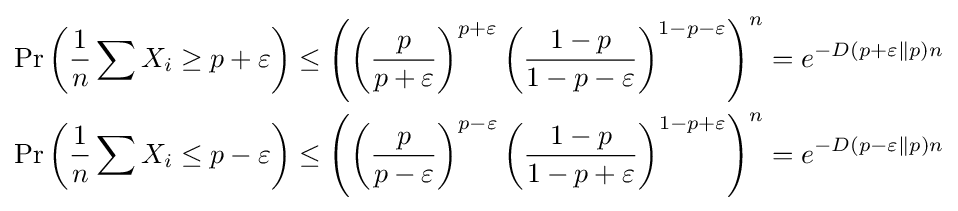
{\begin{aligned}\Pr \left({\frac {1}{n}}\sum X_{i}\geq p+\varepsilon \right)\leq \left(\left({\frac {p}{p+\varepsilon }}\right)^{p+\varepsilon }{\left({\frac {1-p}{1-p-\varepsilon }}\right)}^{1-p-\varepsilon }\right)^{n}&=e^{-D(p+\varepsilon \parallel p)n}\\\Pr \left({\frac {1}{n}}\sum X_{i}\leq p-\varepsilon \right)\leq \left(\left({\frac {p}{p-\varepsilon }}\right)^{p-\varepsilon }{\left({\frac {1-p}{1-p+\varepsilon }}\right)}^{1-p+\varepsilon }\right)^{n}&=e^{-D(p-\varepsilon \parallel p)n}\end{aligned}}